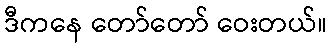
ဒီကနေ တော်တော် ဝေးတယ်။